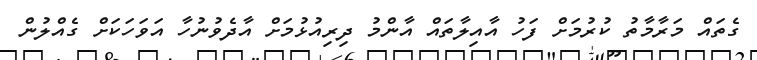
ގެތައް މަރާމާތު ކުރުމަށް ފަހު އާއިލާތައް އާންމު ދިރިއުޅުމަށް އާދެވުނުހާ އަވަހަކަށް ގެއްލުން